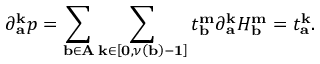
\partial _ { \mathbf { a } } ^ { \mathbf { k } } p = \sum _ { \mathbf { b \in A } } \sum _ { \mathbf { k \in } \left[ \mathbf { 0 , } \nu \left( \mathbf { b } \right) - \mathbf { 1 } \right] } t _ { \mathbf { b } } ^ { \mathbf { m } } \partial _ { \mathbf { a } } ^ { \mathbf { k } } H _ { \mathbf { b } } ^ { \mathbf { m } } = t _ { \mathbf { a } } ^ { \mathbf { k } } .